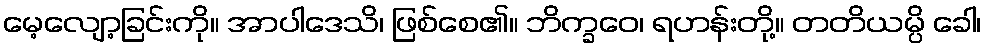
မေ့လျော့ခြင်းကို။ အာပါဒေသိ၊ ဖြစ်စေ၏။ ဘိက္ခဝေ၊ ရဟန်းတို့။ တတိယမ္ပိ ခေါ၊